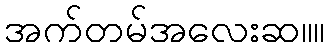
အက်တမ်အလေးဆ။။